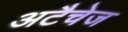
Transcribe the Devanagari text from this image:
अटैचेज